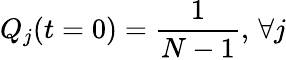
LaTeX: Q_{j}(t=0)=\frac{1}{N-1},\, \forall j